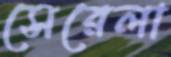
সেরেলা